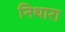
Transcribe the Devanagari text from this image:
निथारा